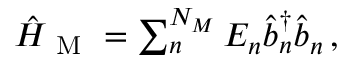
\begin{array} { r } { \hat { H } _ { \mathrm { ~ M ~ } } = \sum _ { n } ^ { N _ { M } } E _ { n } \hat { b } _ { n } ^ { \dagger } \hat { b } _ { n } \, , } \end{array}